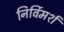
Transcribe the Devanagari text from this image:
निर्विमर्श